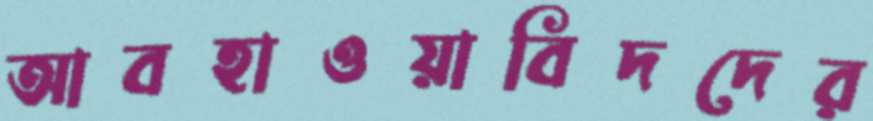
আবহাওয়াবিদদের